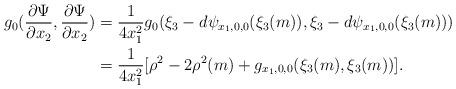
LaTeX: \begin{align*}g_0(\frac{\partial\Psi}{\partial x_2},\frac{\partial\Psi}{\partial x_2}) &= \frac{1}{4x_1^2}g_0(\xi_3 - d\psi_{x_1,0,0}(\xi_3(m)),\xi_3 - d\psi_{x_1,0,0}(\xi_3(m)))\\&=\frac{1}{4x_1^2}[\rho^2 -2\rho^2(m) + g_{x_1,0,0}(\xi_3(m),\xi_3(m))].\end{align*}